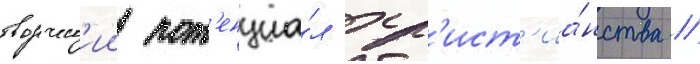
творческ'ии пот'енциа́л хр'ист'иа́нства //